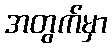
အတွက်မှာ